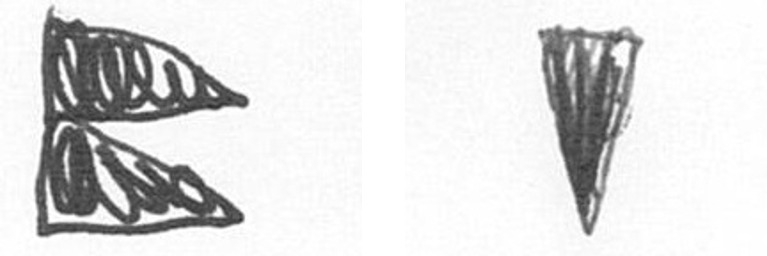
P J